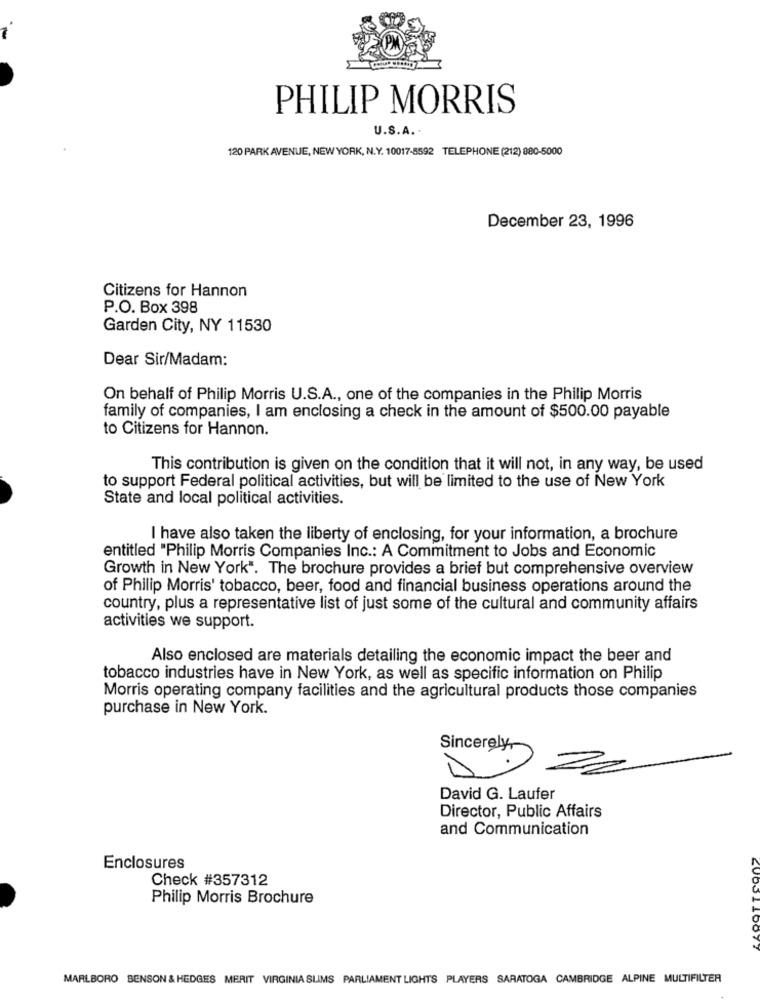
.
PHILIP MORRIS
U.S.A. .
120 PARK AVENUE, NEW YORK, N.Y. 10017-8592 TELEPHONE (212) 880-5000
December 23, 1996
Citizens for Hannon
P.O. Box 398
Garden City, NY 11530
Dear Sir/Madam:
On behalf of Philip Morris U.S.A ., one of the companies in the Philip Morris
family of companies, I am enclosing a check in the amount of $500.00 payable
to Citizens for Hannon.
This contribution is given on the condition that it will not, in any way, be used
to support Federal political activities, but will be limited to the use of New York
State and local political activities.
I have also taken the liberty of enclosing, for your information, a brochure
entitled "Philip Morris Companies Inc .: A Commitment to Jobs and Economic
Growth in New York". The brochure provides a brief but comprehensive overview
of Philip Morris' tobacco, beer, food and financial business operations around the
country, plus a representative list of just some of the cultural and community affairs
activities we support.
Also enclosed are materials detailing the economic impact the beer and
tobacco industries have in New York, as well as specific information on Philip
Morris operating company facilities and the agricultural products those companies
purchase in New York.
Sincerely,
David G. Laufer
Director, Public Affairs
and Communication
Enclosures
Check #357312
Philip Morris Brochure
MARLBORO BENSON & HEDGES MERIT VIRGINIA SLIMS PARLIAMENT LIGHTS PLAYERS SARATOGA CAMBRIDGE ALPINE MULTIFILTER